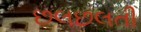
છલછલતી